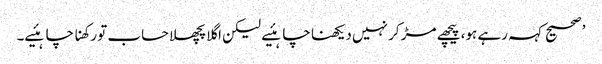
’ صحیح کہہ رہے ہو، پیچھے مڑ کر نہیں دیکھنا چاہئیے لیکن اگلا پچھلا حساب تو رکھنا چاہئیے۔